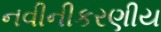
નવીનીકરણીય